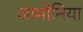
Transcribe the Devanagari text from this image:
जामोनिया